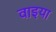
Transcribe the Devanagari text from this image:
वाइया